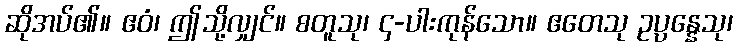
ဆိုအပ်၏။ ဧဝံ၊ ဤသို့လျှင်။ စတူသု၊ ၄-ပါးကုန်သော။ ဧတေသု ဥပ္ပန္နေသု၊